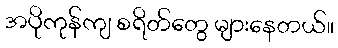
အပိုကုန်ကျ စရိတ်တွေ များနေတယ်။